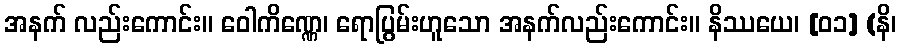
အနက် လည်းကောင်း။ ဝေါကိဏ္ဏေ၊ ရောပြွမ်းဟူသော အနက်လည်းကောင်း။ နိဿယေ၊ [၀၁] (နိ၊